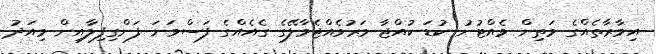
އިމާރާތެއްގެ މަތިން ވެއްޓުނު ކުޑަ ކުއްޖާ މަރުވެއްޖެމާލޭގެ ގެއެއްގެ ފަސްވަނަ ފަންގިފިލާއިން މިއަދު